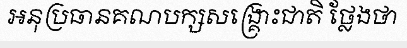
អនុប្រធានគណបក្សសង្គ្រោះជាតិ ថ្លែងថា